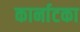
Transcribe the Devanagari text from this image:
कार्नाटका